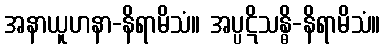
အနာယူဟနာ-နိရာမိသံ။ အပ္ပဋိသန္ဓိ-နိရာမိသံ။